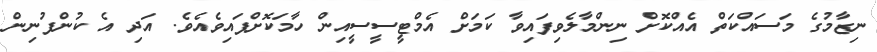
ނިޒާމުގެ މަސައްކަތް އެއްކޮށް ނިންމާލެވިފައިވާ ކަމަށް އެމްޓީސީސީއިން ހާމަކޮށްފައިވެއެވެ. އަދި އެ ކުންފުނިން